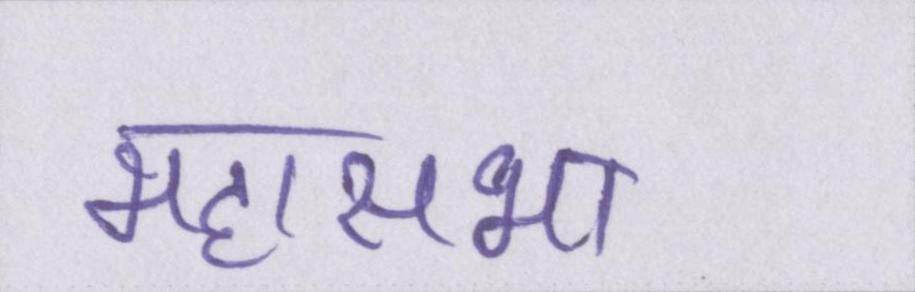
महासभा